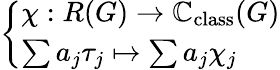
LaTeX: \left\{ \begin{array}{ll}{\chi:R(G)\to\mathbb{C}_{\mathrm{class}}(G)}\\ {\sum a_{j}\tau_{j}\mapsto\sum a_{j}\chi_{j}}\end{array}\right.